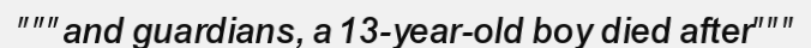
"""and guardians, a 13-year-old boy died after"""